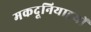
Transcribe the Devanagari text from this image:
मकदूनियाइयों